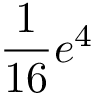
\frac { 1 } { 1 6 } e ^ { 4 }